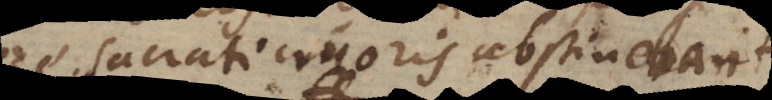
sacrati cruoris abstinerent